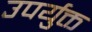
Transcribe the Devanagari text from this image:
उपर्युक्त